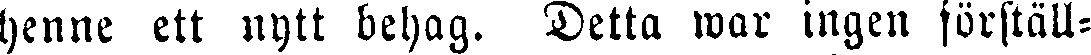
henne ett nytt behag. Detta war ingen förställ-